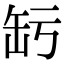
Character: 𦈣